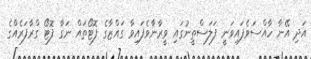
އަދި އޭނާ ހާއްސަވެފައިވަނީ ފަލަސްތީނުގައި ވީރާނާވެފައިވާ ގައްޒާގެ ފޮޓޯތައް ނަގާ ފޮޓޯ ގްރާފަރެއްގެ